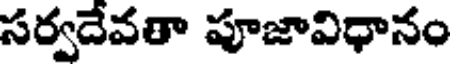
సర్వదేవతా పూజావిధానం